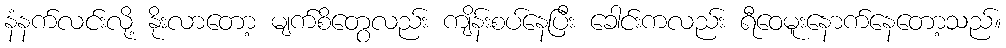
နံနက်လင်းလို့ နိုးလာတော့ မျက်စိတွေလည်း ကျိန်းစပ်နေပြီး ခေါင်းကလည်း ရီဝေမူးနောက်နေတော့သည်။